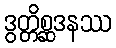
ဒွတ္တိစ္ဆဒနဿ